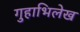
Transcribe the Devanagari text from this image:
गुहाभिलेख